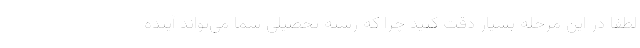
لطفا در این مرحله بسیار دقت کنید چرا که رشته تحصیلی شما می‌تواند آینده